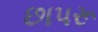
છાપરૂ